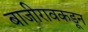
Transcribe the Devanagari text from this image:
बाजीरावकडून